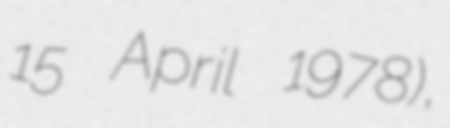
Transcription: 15 April 1978),